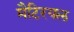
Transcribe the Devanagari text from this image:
मैटिरयल